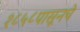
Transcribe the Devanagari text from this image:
१८५८पासूनचे